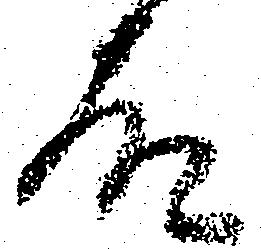
故